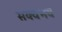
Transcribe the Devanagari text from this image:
सक्वभव